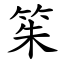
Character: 䇬